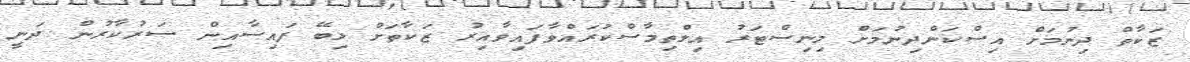
ޒަކާތް ދިނުމަށް އިސްކަންދިނުމަށް މިނިސްޓަރު އިލްތިމާސްކުރައްވާފައިވާއިރު ޒަކާތަށް ލިބޭ ފައިސާއިން ސަރުކާރުން ދަނީ